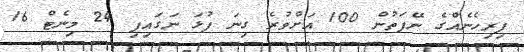
ފިރިހެނެއްގެ ނޭފަތުން 100 އަށްވުރެ ގިނަ ފުޅަ ނަގައިފި 24 މިނެޓް 16